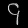
Digit: ၄